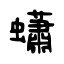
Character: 蠨